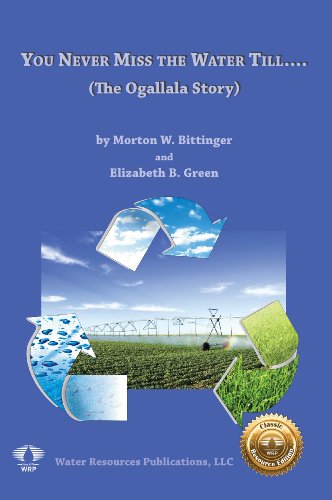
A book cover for You Never Miss the Water Till.... (The Ogallala Story); Morton W. Bittinger; Science & Math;